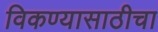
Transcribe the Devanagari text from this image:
विकण्यासाठीचा